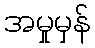
အမှုမှန်